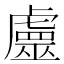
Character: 𧈀